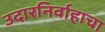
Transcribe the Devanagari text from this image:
उदारनिर्वाहाचा